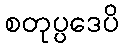
စတုပ္ပဒေပိ